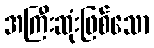
အကြီးဆုံးဖြစ်သော